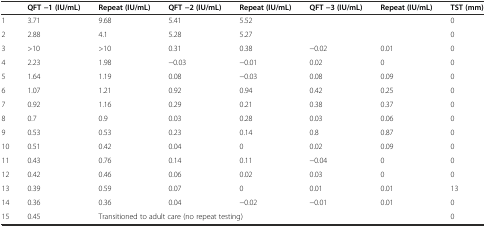
<table><thead><tr><td></td><td><b>QFT −1 (IU/mL)</b></td><td><b>Repeat (IU/mL)</b></td><td><b>QFT −2 (IU/mL)</b></td><td><b>Repeat (IU/mL)</b></td><td><b>QFT −3 (IU/mL)</b></td><td><b>Repeat (IU/mL)</b></td><td><b>TST (mm)</b></td></tr></thead><tbody><tr><td>1</td><td>3.71</td><td>9.68</td><td>5.41</td><td>5.52</td><td></td><td></td><td>0</td></tr><tr><td>2</td><td>2.88</td><td>4.1</td><td>5.28</td><td>5.27</td><td></td><td></td><td>0</td></tr><tr><td>3</td><td>&gt;10</td><td>&gt;10</td><td>0.31</td><td>0.38</td><td>−0.02</td><td>0.01</td><td>0</td></tr><tr><td>4</td><td>2.23</td><td>1.98</td><td>−0.03</td><td>−0.01</td><td>0.02</td><td>0</td><td>0</td></tr><tr><td>5</td><td>1.64</td><td>1.19</td><td>0.08</td><td>−0.03</td><td>0.08</td><td>0.09</td><td>0</td></tr><tr><td>6</td><td>1.07</td><td>1.21</td><td>0.92</td><td>0.94</td><td>0.42</td><td>0.25</td><td>0</td></tr><tr><td>7</td><td>0.92</td><td>1.16</td><td>0.29</td><td>0.21</td><td>0.38</td><td>0.37</td><td>0</td></tr><tr><td>8</td><td>0.7</td><td>0.9</td><td>0.03</td><td>0.28</td><td>0.03</td><td>0.06</td><td>0</td></tr><tr><td>9</td><td>0.53</td><td>0.53</td><td>0.23</td><td>0.14</td><td>0.8</td><td>0.87</td><td>0</td></tr><tr><td>10</td><td>0.51</td><td>0.42</td><td>0.04</td><td>0</td><td>0.02</td><td>0.09</td><td>0</td></tr><tr><td>11</td><td>0.43</td><td>0.76</td><td>0.14</td><td>0.11</td><td>−0.04</td><td>0</td><td>0</td></tr><tr><td>12</td><td>0.42</td><td>0.46</td><td>0.06</td><td>0.02</td><td>0.03</td><td>0</td><td>0</td></tr><tr><td>13</td><td>0.39</td><td>0.59</td><td>0.07</td><td>0</td><td>0.01</td><td>0.01</td><td>13</td></tr><tr><td>14</td><td>0.36</td><td>0.36</td><td>0.04</td><td>−0.02</td><td>−0.01</td><td>0.01</td><td>0</td></tr><tr><td>15</td><td>0.45</td><td colspan="5">Transitioned to adult care (no repeat testing)</td><td>0</td></tr></tbody></table>